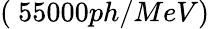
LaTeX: (~55000ph/MeV)